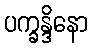
ပက္ခန္ဒိနော